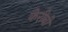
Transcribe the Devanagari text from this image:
केरीबी